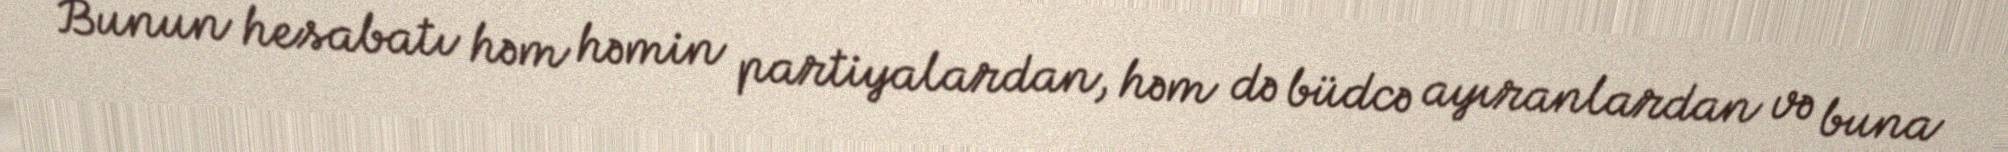
Bunun hesabatı həm həmin partiyalardan, həm də büdcə ayıranlardan və buna